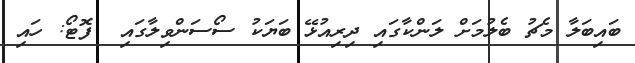
ބައިބަލާ މެޗު ބެލުމަށް ލަންކާގައި ދިރިއުޅޭ ބަޔަކު ސޯސަންވިލާގައި  ފޮޓޯ: ހައި